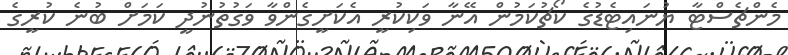
މެންޗެސްޓާ ޔުނައިޓެޑުގެ ކޯޗުކަމުން އޭނާ ވަކިކުރީ އެކަށީގެންވާ ވަގުތުނުދީ ކަމަށް ބުނެ ކުރީގެ